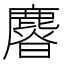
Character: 𣋴